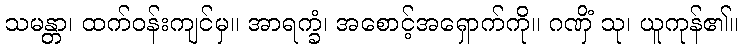
သမန္တာ၊ ထက်ဝန်းကျင်မှ။ အာရက္ခံ၊ အစောင့်အရှောက်ကို။ ဂဏှိံ သု၊ ယူကုန်၏။